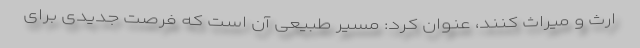
ارث و میراث کنند، عنوان کرد: مسیر طبیعی آن است که فرصت جدیدی برای